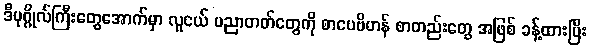
ဒီပုဂ္ဂိုလ်ကြီးတွေအောက်မှာ လူငယ် ပညာတတ်တွေကို စာပေဗိမာန် စာတည်းတွေ အဖြစ် ခန့်ထားပြီး